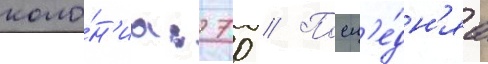
коло́н'иа: 70 // Посл'е́дн'яа